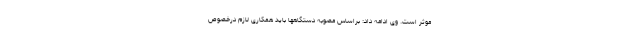
موثر است. وی ادامه داد: براساس مصوبه دستگاهها باید همکاری لازم درخصوص